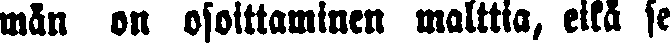
män on osoittaminen malttia, eikä se